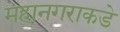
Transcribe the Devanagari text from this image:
महानगराकडे